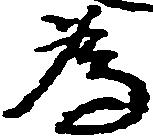
為